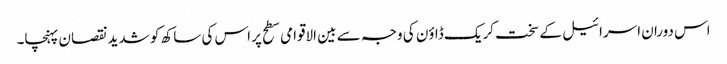
اس دوران اسرائیل کے سخت کریک ڈاؤن کی وجہ سے بین الاقوامی سطح پر اس کی ساکھ کو شدید نقصان پہنچا۔